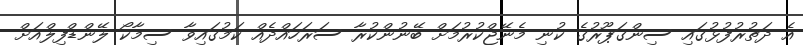
އެ ދަތުރުފުޅުގައި ސިންގަޕޫރުގެ ކުނި މެނޭޖްކުރުމަށް ބޭނުންކުރާ ސަރަހައްދެއް ކަމުގައިވާ ސިމާކޯ ލޭންޑްފިލްއަށް